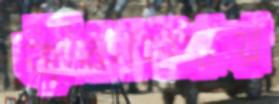
জীবনযাত্রায়